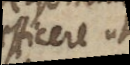
efficere ut